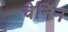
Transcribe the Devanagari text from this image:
चेर्निन